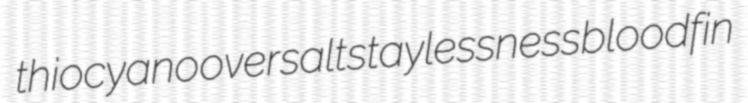
thiocyano oversalt staylessness bloodfin